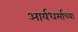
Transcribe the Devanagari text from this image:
आर्यधर्माच्या